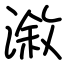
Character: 漵